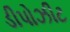
ડીપોઝીટ